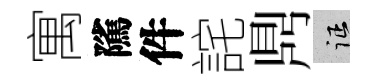
寓隲件詫𪔂征